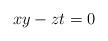
LaTeX: \begin{align*}xy-zt=0\end{align*}